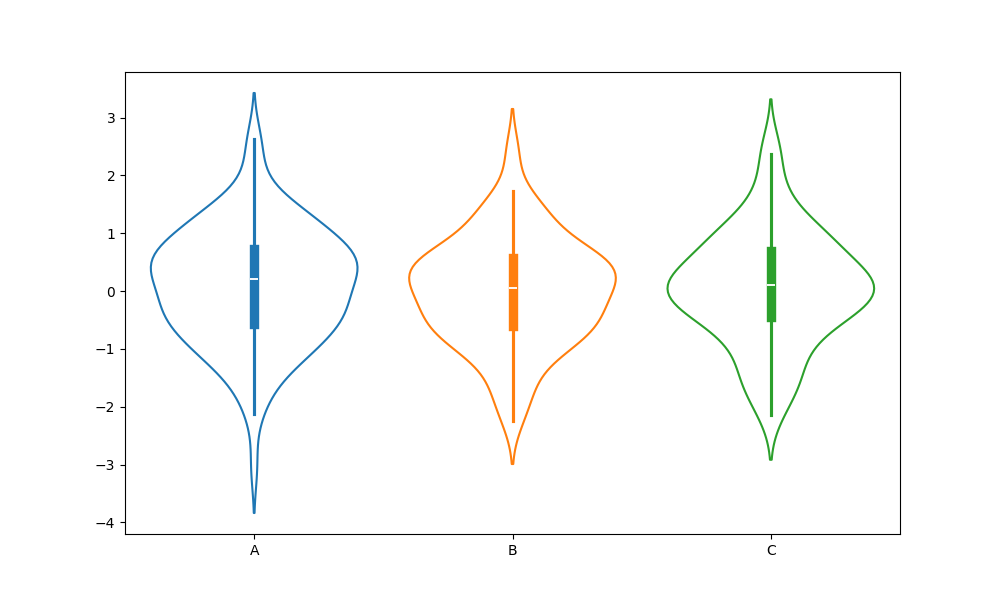
python, seaborn, violinplot, scale='area', split='False', inner='box', fill='False'